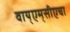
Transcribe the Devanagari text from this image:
वाय्‌एम्‌सीएचा